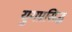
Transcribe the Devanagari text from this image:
युगप्रसिद्ध